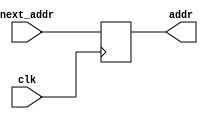
`timescale 1ns / 1ps
//////////////////////////////////////////////////////////////////////////////////
// Company: 
// Engineer: 
// 
// Design Name: 
// Module Name:    PC 
// Project Name: 
// Target Devices: 
// Tool versions: 
// Description: 
//
// Dependencies: 
//
// Revision: 
// Revision 0.01 - File Created
// Additional Comments: 
//
//
//////////////////////////////////////////////////////////////////////////////////
module PC(
	input clk,
	output reg [5:0]addr,
	input [5:0]next_addr
);

initial addr = 6'b0;
always @ (posedge clk)
begin
	addr = next_addr;
end

endmodule